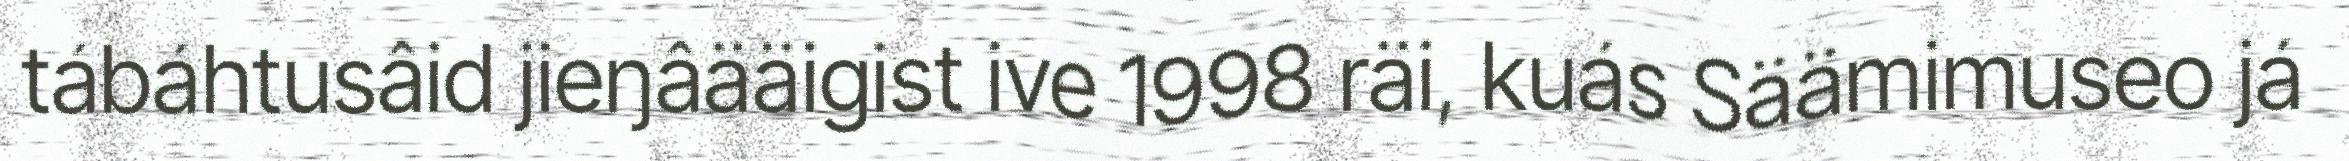
tábáhtusâid jieŋâääigist ive 1998 räi, kuás Säämimuseo já